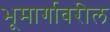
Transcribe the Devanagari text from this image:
भूमार्गावरील